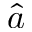
\hat { a }